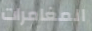
المغامرات